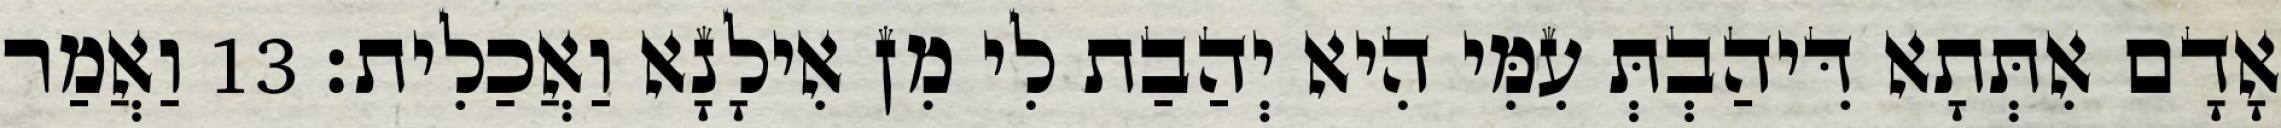
אָדָם אִתְּתָא דִּיהַבְתְּ עִמִּי הִיא יְהַבַת לִי מִן אִילָנָא וַאֲכַלִית׃ 13 וַאֲמַר